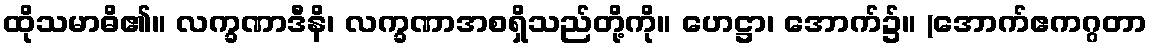
ထိုသမာဓိ၏။ လက္ခဏာဒီနိ၊ လက္ခဏာအစရှိသည်တို့ကို။ ဟေဋ္ဌာ၊ အောက်၌။ (အောက်ဧကဂ္ဂတာ